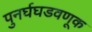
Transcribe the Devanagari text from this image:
पुनर्घघडवणूक